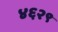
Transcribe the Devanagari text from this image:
४६२९